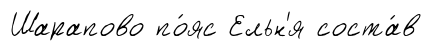
Шарапово по́яс Ельн'я соста́в